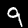
Digit: 9